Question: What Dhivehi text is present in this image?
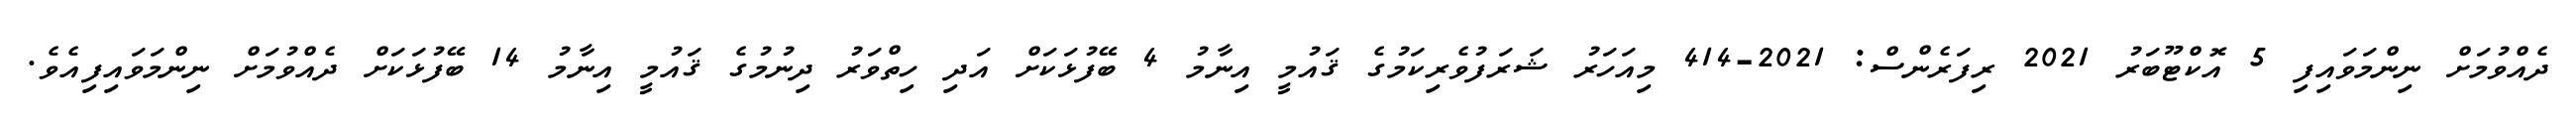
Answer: ދެއްވުމަށް ނިންމަވައިފި 5 އޮކްޓޫބަރު 2021 ރިފަރެންސް: 2021-414 މިއަހަރު ޝަރަފުވެރިކަމުގެ ޤައުމީ އިނާމު 4 ބޭފުޅަކަށް އަދި ހިތްވަރު ދިނުމުގެ ޤައުމީ އިނާމު 14 ބޭފުޅަކަށް ދެއްވުމަށް ނިންމަވައިފިއެވެ.